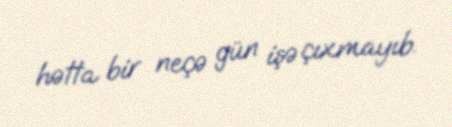
hətta bir neçə gün işə çıxmayıb.